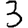
Digit: 3